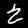
Digit: 2